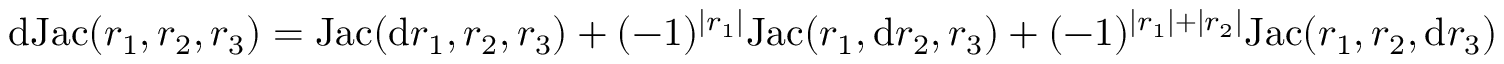
\mathrm { d } \mathrm { J a c } ( r _ { 1 } , r _ { 2 } , r _ { 3 } ) = \mathrm { J a c } ( \mathrm { d } r _ { 1 } , r _ { 2 } , r _ { 3 } ) + ( - 1 ) ^ { \lvert r _ { 1 } \rvert } \mathrm { J a c } ( r _ { 1 } , \mathrm { d } r _ { 2 } , r _ { 3 } ) + ( - 1 ) ^ { \lvert r _ { 1 } \rvert + \lvert r _ { 2 } \rvert } \mathrm { J a c } ( r _ { 1 } , r _ { 2 } , \mathrm { d } r _ { 3 } )